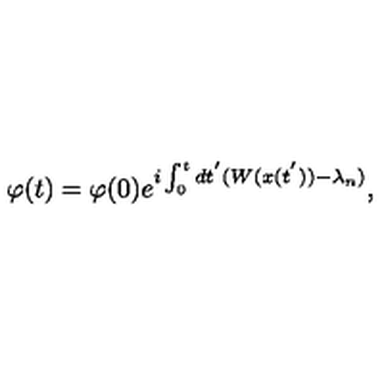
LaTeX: \varphi ( t ) = \varphi ( 0 ) e ^ { i \int _ { 0 } ^ { t } d t ^ { ' } ( W ( x ( t ^ { ' } ) ) - \lambda _ { n } ) } ,